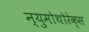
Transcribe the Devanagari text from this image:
न्युमोथोरेक्स